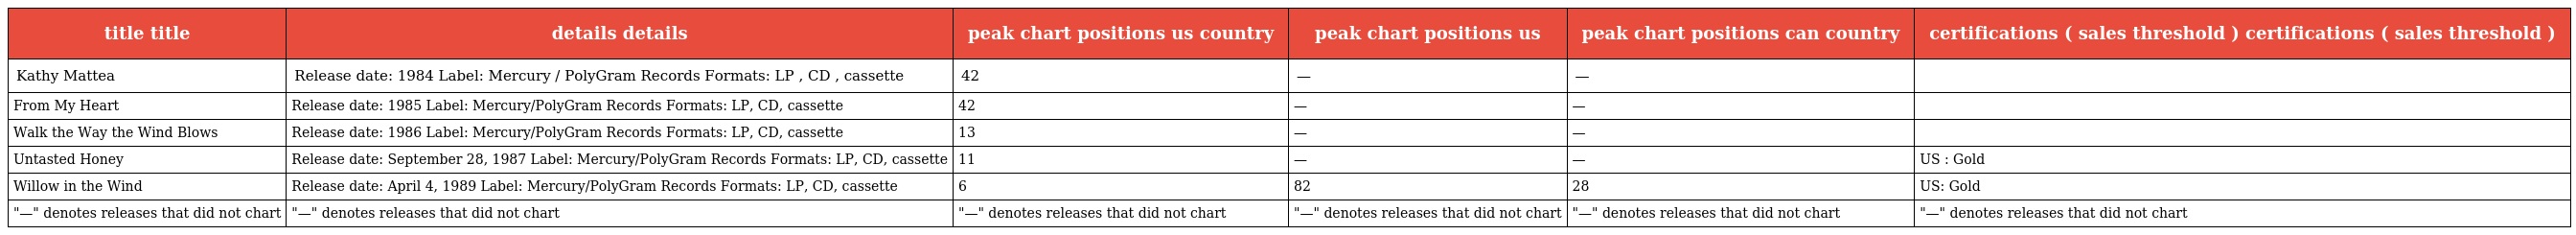
| title title | details details | peak chart positions us country | peak chart positions us | peak chart positions can country | certifications ( sales threshold ) certifications ( sales threshold ) |
 | --- | --- | --- | --- | --- | --- |
 | Kathy Mattea | Release date: 1984 Label: Mercury / PolyGram Records Formats: LP , CD , cassette | 42 | — | — |  |
 | From My Heart | Release date: 1985 Label: Mercury/PolyGram Records Formats: LP, CD, cassette | 42 | — | — |  |
 | Walk the Way the Wind Blows | Release date: 1986 Label: Mercury/PolyGram Records Formats: LP, CD, cassette | 13 | — | — |  |
 | Untasted Honey | Release date: September 28, 1987 Label: Mercury/PolyGram Records Formats: LP, CD, cassette | 11 | — | — | US : Gold |
 | Willow in the Wind | Release date: April 4, 1989 Label: Mercury/PolyGram Records Formats: LP, CD, cassette | 6 | 82 | 28 | US: Gold |
 | "—" denotes releases that did not chart | "—" denotes releases that did not chart | "—" denotes releases that did not chart | "—" denotes releases that did not chart | "—" denotes releases that did not chart | "—" denotes releases that did not chart |